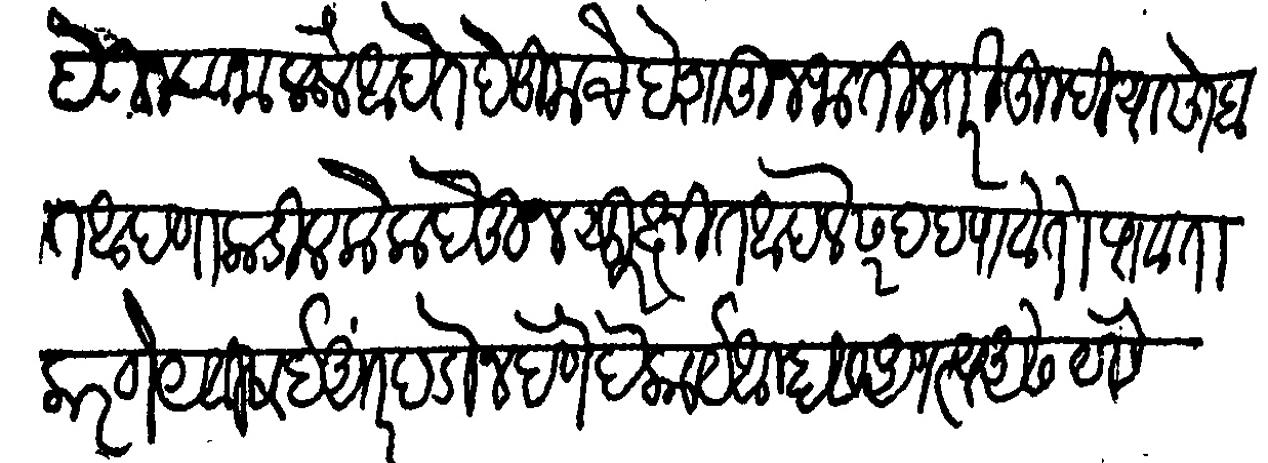
Transliteration (Devanagari): देऊन रवाना केले आहेत ते तुमचे देशातून जातील तरी तुम्ही यासोबत आपणाकडील लोक देऊन सुरक्षित आपले सरहद पावेतो पावते करणे येविशई अंतर पडो न देणे हे कार्य आम्हास अगत्य असे यैसे